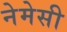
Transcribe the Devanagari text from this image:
नेमेसी